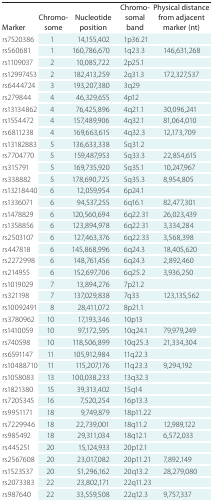
<table><thead><tr><td><b>Marker</b></td><td><b>Chromosome</b></td><td><b>Nucleotide position</b></td><td><b>Chromosomal band</b></td><td><b>Physical distance from adjacent marker (nt)</b></td></tr></thead><tbody><tr><td>rs7520386</td><td>1</td><td>14,155,402</td><td>1p36.21</td><td></td></tr><tr><td>rs560681</td><td>1</td><td>160,786,670</td><td>1q23.3</td><td>146,631,268</td></tr><tr><td>rs1109037</td><td>2</td><td>10,085,722</td><td>2p25.1</td><td></td></tr><tr><td>rs12997453</td><td>2</td><td>182,413,259</td><td>2q31.3</td><td>172,327,537</td></tr><tr><td>rs6444724</td><td>3</td><td>193,207,380</td><td>3q29</td><td></td></tr><tr><td>rs279844</td><td>4</td><td>46,329,655</td><td>4p12</td><td></td></tr><tr><td>rs13134862</td><td>4</td><td>76,425,896</td><td>4q21.1</td><td>30,096,241</td></tr><tr><td>rs1554472</td><td>4</td><td>157,489,906</td><td>4q32.1</td><td>81,064,010</td></tr><tr><td>rs6811238</td><td>4</td><td>169,663,615</td><td>4q32.3</td><td>12,173,709</td></tr><tr><td>rs13182883</td><td>5</td><td>136,633,338</td><td>5q31.2</td><td></td></tr><tr><td>rs7704770</td><td>5</td><td>159,487,953</td><td>5q33.3</td><td>22,854,615</td></tr><tr><td>rs315791</td><td>5</td><td>169,735,920</td><td>5q35.1</td><td>10,247,967</td></tr><tr><td>rs338882</td><td>5</td><td>178,690,725</td><td>5q35.3</td><td>8,954,805</td></tr><tr><td>rs13218440</td><td>6</td><td>12,059,954</td><td>6p24.1</td><td></td></tr><tr><td>rs1336071</td><td>6</td><td>94,537,255</td><td>6q16.1</td><td>82,477,301</td></tr><tr><td>rs1478829</td><td>6</td><td>120,560,694</td><td>6q22.31</td><td>26,023,439</td></tr><tr><td>rs1358856</td><td>6</td><td>123,894,978</td><td>6q22.31</td><td>3,334,284</td></tr><tr><td>rs2503107</td><td>6</td><td>127,463,376</td><td>6q22.33</td><td>3,568,398</td></tr><tr><td>rs447818</td><td>6</td><td>145,868,996</td><td>6q24.3</td><td>18,405,620</td></tr><tr><td>rs2272998</td><td>6</td><td>148,761,456</td><td>6q24.3</td><td>2,892,460</td></tr><tr><td>rs214955</td><td>6</td><td>152,697,706</td><td>6q25.2</td><td>3,936,250</td></tr><tr><td>rs1019029</td><td>7</td><td>13,894,276</td><td>7p21.2</td><td></td></tr><tr><td>rs321198</td><td>7</td><td>137,029,838</td><td>7q33</td><td>123,135,562</td></tr><tr><td>rs10092491</td><td>8</td><td>28,411,072</td><td>8p21.1</td><td></td></tr><tr><td>rs3780962</td><td>10</td><td>17,193,346</td><td>10p13</td><td></td></tr><tr><td>rs1410059</td><td>10</td><td>97,172,595</td><td>10q24.1</td><td>79,979,249</td></tr><tr><td>rs740598</td><td>10</td><td>118,506,899</td><td>10q25.3</td><td>21,334,304</td></tr><tr><td>rs6591147</td><td>11</td><td>105,912,984</td><td>11q22.3</td><td></td></tr><tr><td>rs10488710</td><td>11</td><td>115,207,176</td><td>11q23.3</td><td>9,294,192</td></tr><tr><td>rs1058083</td><td>13</td><td>100,038,233</td><td>13q32.3</td><td></td></tr><tr><td>rs1821380</td><td>15</td><td>39,313,402</td><td>15q14</td><td></td></tr><tr><td>rs7205345</td><td>16</td><td>7,520,254</td><td>16p13.3</td><td></td></tr><tr><td>rs9951171</td><td>18</td><td>9,749,879</td><td>18p11.22</td><td></td></tr><tr><td>rs7229946</td><td>18</td><td>22,739,001</td><td>18q11.2</td><td>12,989,122</td></tr><tr><td>rs985492</td><td>18</td><td>29,311,034</td><td>18q12.1</td><td>6,572,033</td></tr><tr><td>rs445251</td><td>20</td><td>15,124,933</td><td>20p12.1</td><td></td></tr><tr><td>rs2567608</td><td>20</td><td>23,017,082</td><td>20p11.21</td><td>7,892,149</td></tr><tr><td>rs1523537</td><td>20</td><td>51,296,162</td><td>20q13.2</td><td>28,279,080</td></tr><tr><td>rs2073383</td><td>22</td><td>23,802,171</td><td>22q11.23</td><td></td></tr><tr><td>rs987640</td><td>22</td><td>33,559,508</td><td>22q12.3</td><td>9,757,337</td></tr></tbody></table>